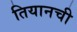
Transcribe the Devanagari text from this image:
तियानची